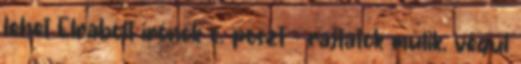
lehet Elrabolt írónők c. poszt - rajtatok műlik, végül